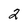
Character: 2